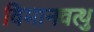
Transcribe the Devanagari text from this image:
विमानवत्थु